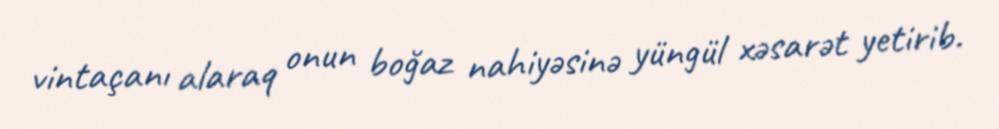
vintaçanı alaraq onun boğaz nahiyəsinə yüngül xəsarət yetirib.